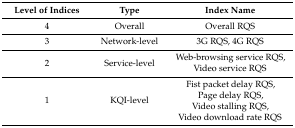
<table><thead><tr><td><b>Level of Indices</b></td><td><b>Type</b></td><td><b>Index Name</b></td></tr></thead><tbody><tr><td>4</td><td>Overall</td><td>Overall RQS</td></tr><tr><td>3</td><td>Network-level</td><td>3G RQS, 4G RQS</td></tr><tr><td>2</td><td>Service-level</td><td>Web-browsing service RQS,Video service RQS</td></tr><tr><td>1</td><td>KQI-level</td><td>Fist packet delay RQS,Page delay RQS,Video stalling RQS,Video download rate RQS</td></tr></tbody></table>